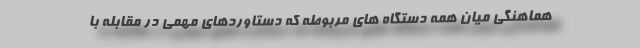
هماهنگی میان همه دستگاه های مربوطه که دستاوردهای مهمی در مقابله با